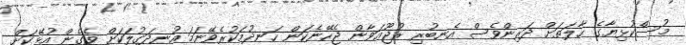
މުސްކުޅިޔާގެ ޙާލަތަށް ދަރިންވެސް އެނބުރި ރުޖޫޢަވާން ޖެހޭނެކަން ހަނދުމަކުރެވޭނަމަ އުނދަގުލަކަށް ވެގެން އުޅޭކަށް